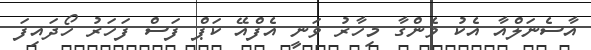
އާސެނަލްއާ އެކު ވެންގާ މިހާރު ވަނީ އެފްއޭ ކަޕް ފަސް ފަހަރު ހޯދައިފަ